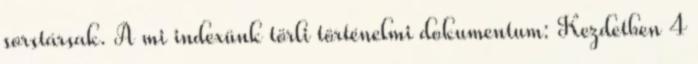
sorstársak. A mi indexünk törli történelmi dokumentum: Kezdetben 4